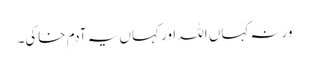
ورنہ کہاں اللہ اور کہاں یہ آدمِ خاکی۔